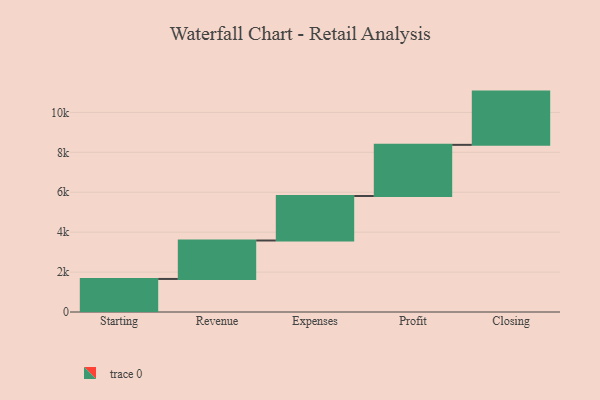
{"axis": {"x": "Step", "y": "Value"}, "legend": [""], "data": [{"x": "Starting", "y": 1656.0, "type": ""}, {"x": "Revenue", "y": 1926.0, "type": ""}, {"x": "Expenses", "y": 2229.0, "type": ""}, {"x": "Profit", "y": 2563.0, "type": ""}, {"x": "Closing", "y": 2668.0, "type": ""}]}